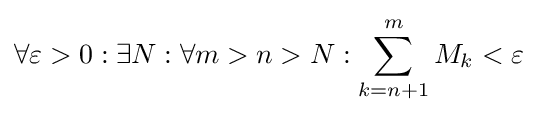
\forall \varepsilon >0:\exists N:\forall m>n>N:\sum _{k=n+1}^{m}M_{k}<\varepsilon